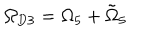
\Omega _ { \mathrm { D 3 } } = \Omega _ { 5 } + \tilde { \Omega } _ { 5 }